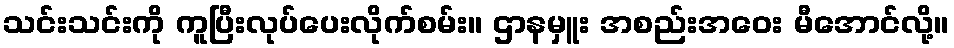
သင်းသင်းကို ကူပြီးလုပ်ပေးလိုက်စမ်း။ ဌာနမှူး အစည်းအဝေး မီအောင်လို့။